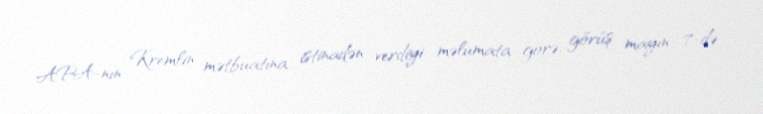
APA-nın Kremlin mətbuatına istinadən verdiyi məlumata görə, görüş mayın 7-də